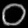
Digit: ၀